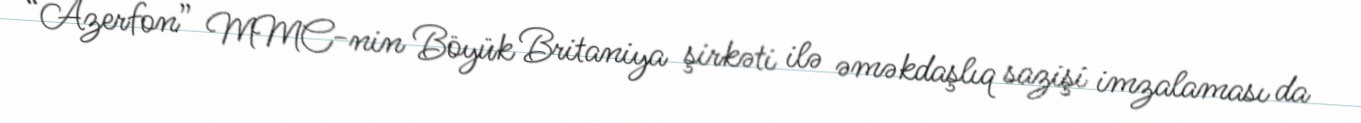
“Azerfon” MMC-nin Böyük Britaniya şirkəti ilə əməkdaşlıq sazişi imzalaması da